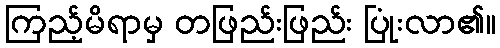
ကြည့်မိရာမှ တဖြည်းဖြည်း ပြုံးလာ၏။